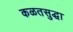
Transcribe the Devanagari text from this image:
कळतसुद्धा